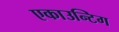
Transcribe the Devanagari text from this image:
एकाउन्टिग